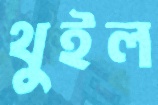
থুইল